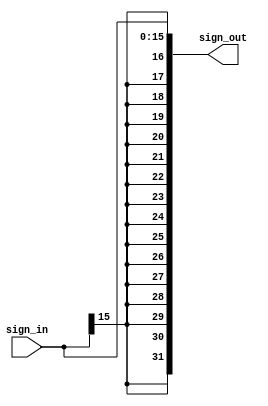
`timescale 1ns/1ns

module Sign_Extender (sign_in, sign_out);

    input [15:0] sign_in;
    output reg [31:0] sign_out;
    integer i;

    always@(sign_in)
        begin

            sign_out[15:0] = sign_in[15:0];

            for (i = 16 ; i < 32 ; i = i+1 ) 
                sign_out[i] = sign_in[15];
        end

endmodule